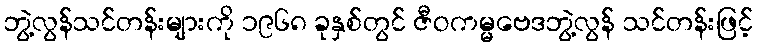
ဘွဲ့လွန်သင်တန်းများကို ၁၉၆၈ ခုနှစ်တွင် ဇီဝကမ္မဗေဒဘွဲ့လွန် သင်တန်းဖြင့်